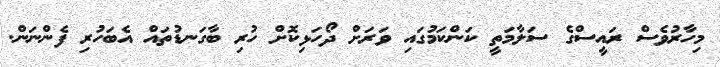
މިހާރުވެސް ރައީސްގެ ސަލާމަތީ ކަންކަމުގައި ވަރަށް ދޯހަޅިކޮށް ހުރި ބާގަނޑުތައް އެބަހުރި ފެންނަން.